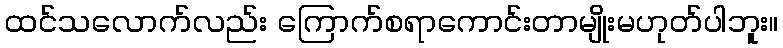
ထင်သလောက်လည်း ကြောက်စရာကောင်းတာမျိုးမဟုတ်ပါဘူး။